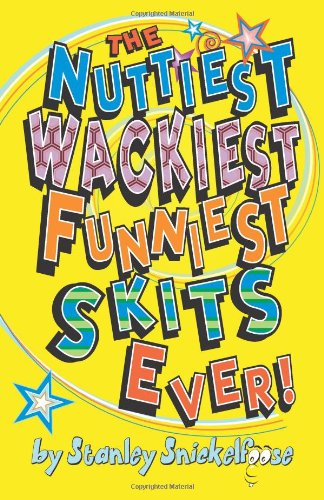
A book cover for The Nuttiest, Wackiest, Funniest, Skits Ever; Stanley Snickelfoose; Literature & Fiction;